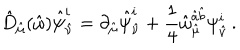
LaTeX: \hat { D } _ { \hat { \mu } } ( \hat { \omega } ) \hat { \psi } _ { \hat { \nu } } ^ { i } = \partial _ { \hat { \mu } } \hat { \psi } _ { \hat { \nu } } ^ { i } + \frac { 1 } { 4 } \hat { \omega } _ { \hat { \mu } } ^ { \hat { a } \hat { b } } \psi _ { \hat { \nu } } ^ { i } \, .